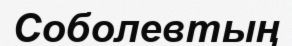
Соболевтың